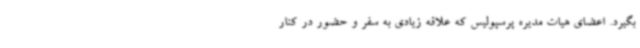
بگیرد. اعضای هیات مدیره پرسپولیس که علاقه زیادی به سفر و حضور در کنار